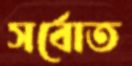
সর্বোত